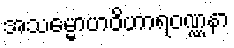
အသမ္မောဟဝိဟာရဝဏ္ဏနာ